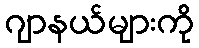
ဂျာနယ်များကို